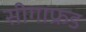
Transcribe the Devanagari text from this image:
सीगाफ्रड